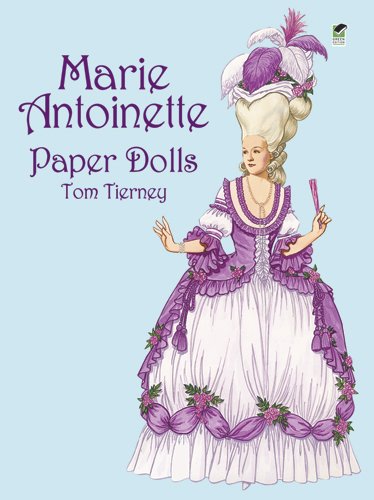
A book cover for Marie Antoinette Paper Dolls (Dover Royal Paper Dolls); Tom Tierney; Crafts, Hobbies & Home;